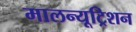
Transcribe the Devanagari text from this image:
मालन्यूट्रिशन